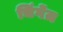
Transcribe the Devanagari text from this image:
चिंगेंज़